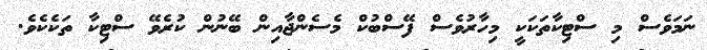
ނަމަވެސް މި ސްޓިކާތަކަކީ މިހާރުވެސް ފޭސްބުކް މެސެންޖާއިން ބޭނުން ކުރެވޭ ސްޓިކާ ތަކެކެވެ.